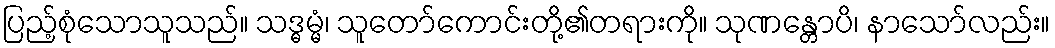
ပြည့်စုံသောသူသည်။ သဒ္ဓမ္မံ၊ သူတော်ကောင်းတို့၏တရားကို။ သုဏန္တောပိ၊ နာသော်လည်း။